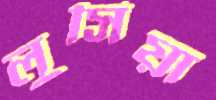
লুসিয়া